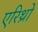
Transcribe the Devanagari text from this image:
एरिथ्रो